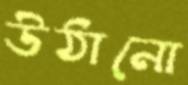
উঠানো